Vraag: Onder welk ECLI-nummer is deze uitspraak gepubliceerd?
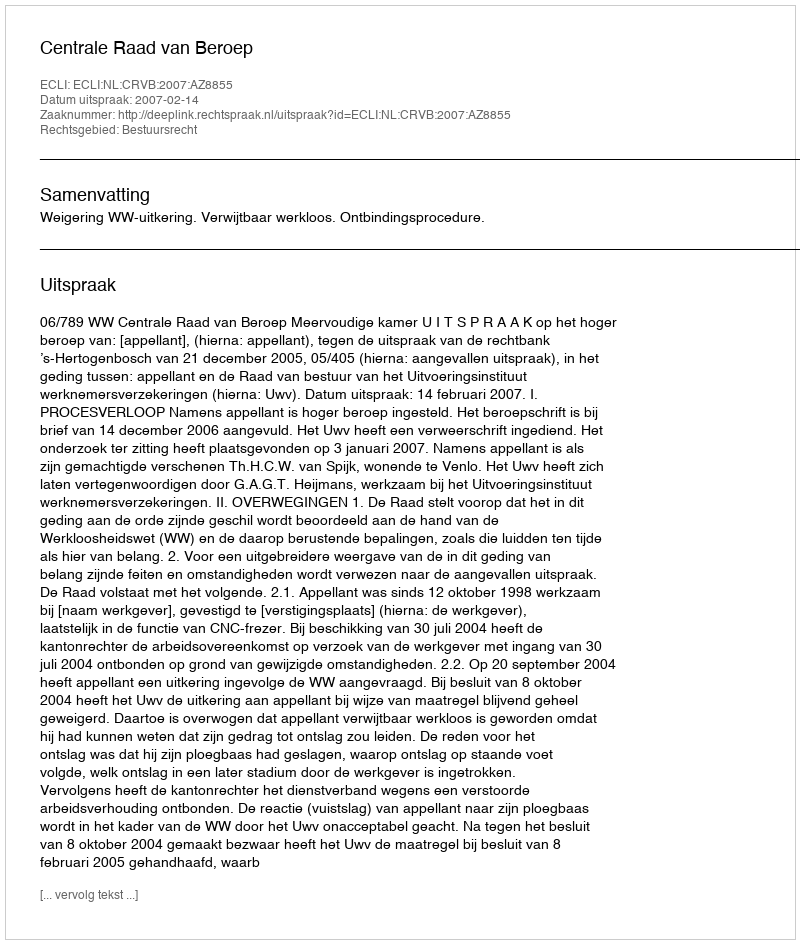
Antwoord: ECLI:NL:CRVB:2007:AZ8855